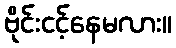
ဗိုင်းငင့်နေမလား။